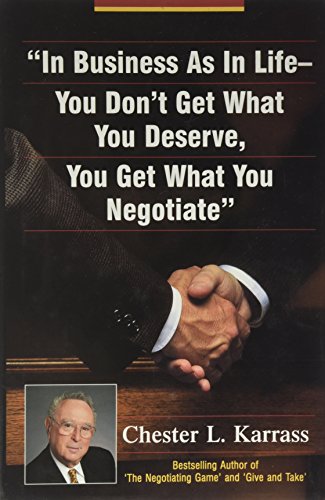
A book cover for In Business As in Life, You Don't Get What You Deserve, You Get What You Negotiate; Chester L. Karrass; Business & Money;